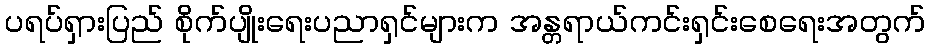
ပရပ်ရှားပြည် စိုက်ပျိုးရေးပညာရှင်များက အန္တရာယ်ကင်းရှင်းစေရေးအတွက်